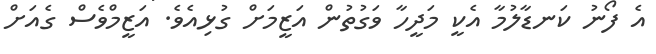
އެ ފޯނު ކަނޑާލުމާ އެކީ މަދީހާ ވަގުތުން އަޒީމަށް ގުޅިއެވެ. އަޒީމްވެސް ގެއަށް